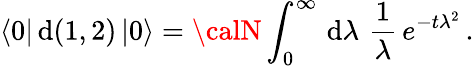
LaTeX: \langle0|\, \mathrm{d}(1,2)\, |0\rangle={\calN}\int_{0}^{\infty}\, \mathrm{{\mathrm{d}}}\lambda\, \, \frac{{1}}{{\lambda}}\, e^{-t\lambda^{2}}\, .